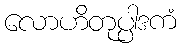
လောဟိတုပ္ပါဒကံ